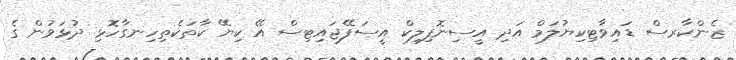
ޒެންކާރސް ޑައިވާޓިކިޔުލަމް އަދި އީސިނޮފިލިކް އީސަފޭޖައިޓިސް އޭ ކިޔޭ ކާތަކެތިހިނގާހޮޅި ދުޅަވުން ގެ